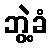
ဘွဲ့ခံ